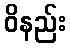
ဝိနည်း